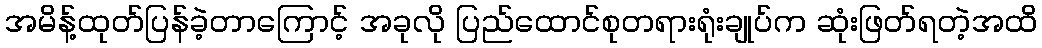
အမိန့်ထုတ်ပြန်ခဲ့တာကြောင့် အခုလို ပြည်ထောင်စုတရားရုံးချုပ်က ဆုံးဖြတ်ရတဲ့အထိ